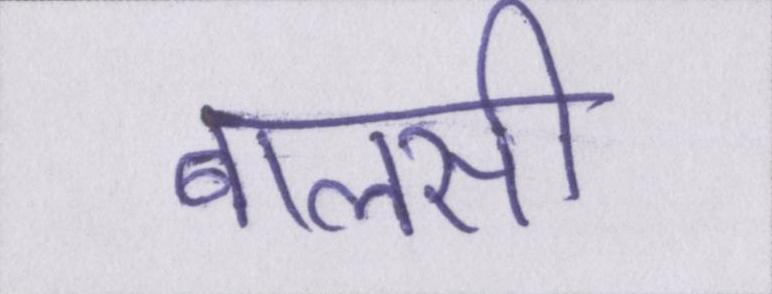
बालसी